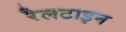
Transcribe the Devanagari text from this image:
रैलटाइन